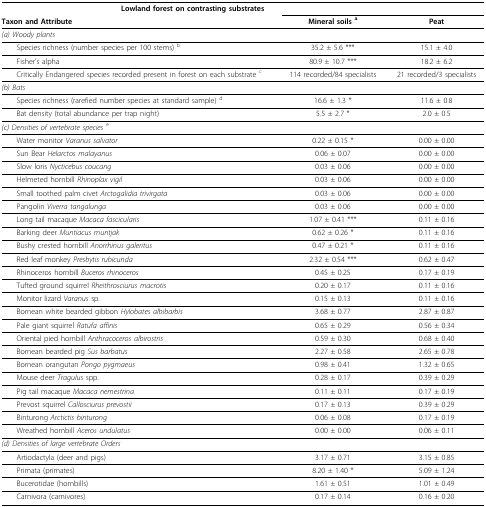
<table><thead><tr><td></td><td colspan="2"><b>Lowland forest on contrasting substrates</b></td></tr><tr><td><b>Taxon and Attribute</b></td><td><b>Mineral soils<sup> a</sup></b></td><td><b>Peat</b></td></tr></thead><tbody><tr><td colspan="3"><i>(a) Woody plants</i></td></tr><tr><td> Species richness (number species per 100 stems) <sup>b</sup></td><td>35.2 ± 5.6 ***</td><td>15.1 ± 4.0</td></tr><tr><td> Fisher&#x27;s alpha</td><td>80.9 ± 10.7 ***</td><td>18.2 ± 6.2</td></tr><tr><td> Critically Endangered species recorded present in forest on each substrate <sup>c</sup></td><td>114 recorded/84 specialists</td><td>21 recorded/3 specialists</td></tr><tr><td colspan="3"><i>(b) Bats</i></td></tr><tr><td> Species richness (rarefied number species at standard sample) <sup>d</sup></td><td>16.6 ± 1.3 *</td><td>11.6 ± 0.8</td></tr><tr><td> Bat density (total abundance per trap night)</td><td>5.5 ± 2.7 *</td><td>2.0 ± 0.5</td></tr><tr><td colspan="3"><i>(c) Densities of vertebrate species </i><sup>e</sup></td></tr><tr><td> Water monitor <i>Varanus salvator</i></td><td>0.22 ± 0.15 *</td><td>0.00 ± 0.00</td></tr><tr><td> Sun Bear <i>Helarctos malayanus</i></td><td>0.06 ± 0.07</td><td>0.00 ± 0.00</td></tr><tr><td> Slow loris <i>Nycticebus coucang</i></td><td>0.03 ± 0.06</td><td>0.00 ± 0.00</td></tr><tr><td> Helmeted hornbill <i>Rhinoplax vigil</i></td><td>0.03 ± 0.06</td><td>0.00 ± 0.00</td></tr><tr><td> Small toothed palm civet <i>Arctogalidia trivirgata</i></td><td>0.03 ± 0.06</td><td>0.00 ± 0.00</td></tr><tr><td> Pangolin <i>Viverra tangalunga</i></td><td>0.03 ± 0.06</td><td>0.00 ± 0.00</td></tr><tr><td> Long tail macaque <i>Macaca fascicularis</i></td><td>1.07 ± 0.41 ***</td><td>0.11 ± 0.16</td></tr><tr><td> Barking deer <i>Muntiacus muntjak</i></td><td>0.62 ± 0.26 *</td><td>0.11 ± 0.16</td></tr><tr><td> Bushy crested hornbill <i>Anorrhinus galeritus</i></td><td>0.47 ± 0.21 *</td><td>0.11 ± 0.16</td></tr><tr><td> Red leaf monkey <i>Presbytis rubicunda</i></td><td>2.32 ± 0.54 ***</td><td>0.62 ± 0.47</td></tr><tr><td> Rhinoceros hornbill <i>Buceros rhinoceros</i></td><td>0.45 ± 0.25</td><td>0.17 ± 0.19</td></tr><tr><td> Tufted ground squirrel <i>Rheithrosciurus macrotis</i></td><td>0.20 ± 0.17</td><td>0.11 ± 0.16</td></tr><tr><td> Monitor lizard <i>Varanus </i>sp.</td><td>0.15 ± 0.13</td><td>0.11 ± 0.16</td></tr><tr><td> Bornean white bearded gibbon <i>Hylobates albibarbis</i></td><td>3.68 ± 0.77</td><td>2.87 ± 0.87</td></tr><tr><td> Pale giant squirrel <i>Ratufa affinis</i></td><td>0.65 ± 0.29</td><td>0.56 ± 0.34</td></tr><tr><td> Oriental pied hornbill <i>Anthracoceros albirostris</i></td><td>0.59 ± 0.30</td><td>0.68 ± 0.40</td></tr><tr><td> Bornean bearded pig <i>Sus barbatus</i></td><td>2.27 ± 0.58</td><td>2.65 ± 0.78</td></tr><tr><td> Bornean orangutan <i>Pongo pygmaeus</i></td><td>0.98 ± 0.41</td><td>1.32 ± 0.65</td></tr><tr><td> Mouse deer <i>Tragulus </i>spp.</td><td>0.28 ± 0.17</td><td>0.39 ± 0.29</td></tr><tr><td> Pig tail macaque <i>Macaca nemestrina</i></td><td>0.11 ± 0.11</td><td>0.17 ± 0.19</td></tr><tr><td> Prevost squirrel <i>Callosciurus prevostii</i></td><td>0.17 ± 0.13</td><td>0.39 ± 0.29</td></tr><tr><td> Binturong <i>Arctictis binturong</i></td><td>0.06 ± 0.08</td><td>0.17 ± 0.19</td></tr><tr><td> Wreathed hornbill <i>Aceros undulatus</i></td><td>0.00 ± 0.00</td><td>0.06 ± 0.11</td></tr><tr><td colspan="3"><i>(d) Densities of large vertebrate Orders</i></td></tr><tr><td> Artiodactyla (deer and pigs)</td><td>3.17 ± 0.71</td><td>3.15 ± 0.85</td></tr><tr><td> Primata (primates)</td><td>8.20 ± 1.40 *</td><td>5.09 ± 1.24</td></tr><tr><td> Bucerotidae (hornbills)</td><td>1.61 ± 0.51</td><td>1.01 ± 0.49</td></tr><tr><td> Carnivora (carnivores)</td><td>0.17 ± 0.14</td><td>0.16 ± 0.20</td></tr></tbody></table>